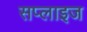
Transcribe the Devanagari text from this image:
सप्लाइज